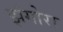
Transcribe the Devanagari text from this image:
झंगोरा